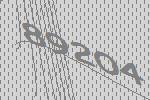
89204